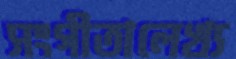
সংগীতালেখ্য